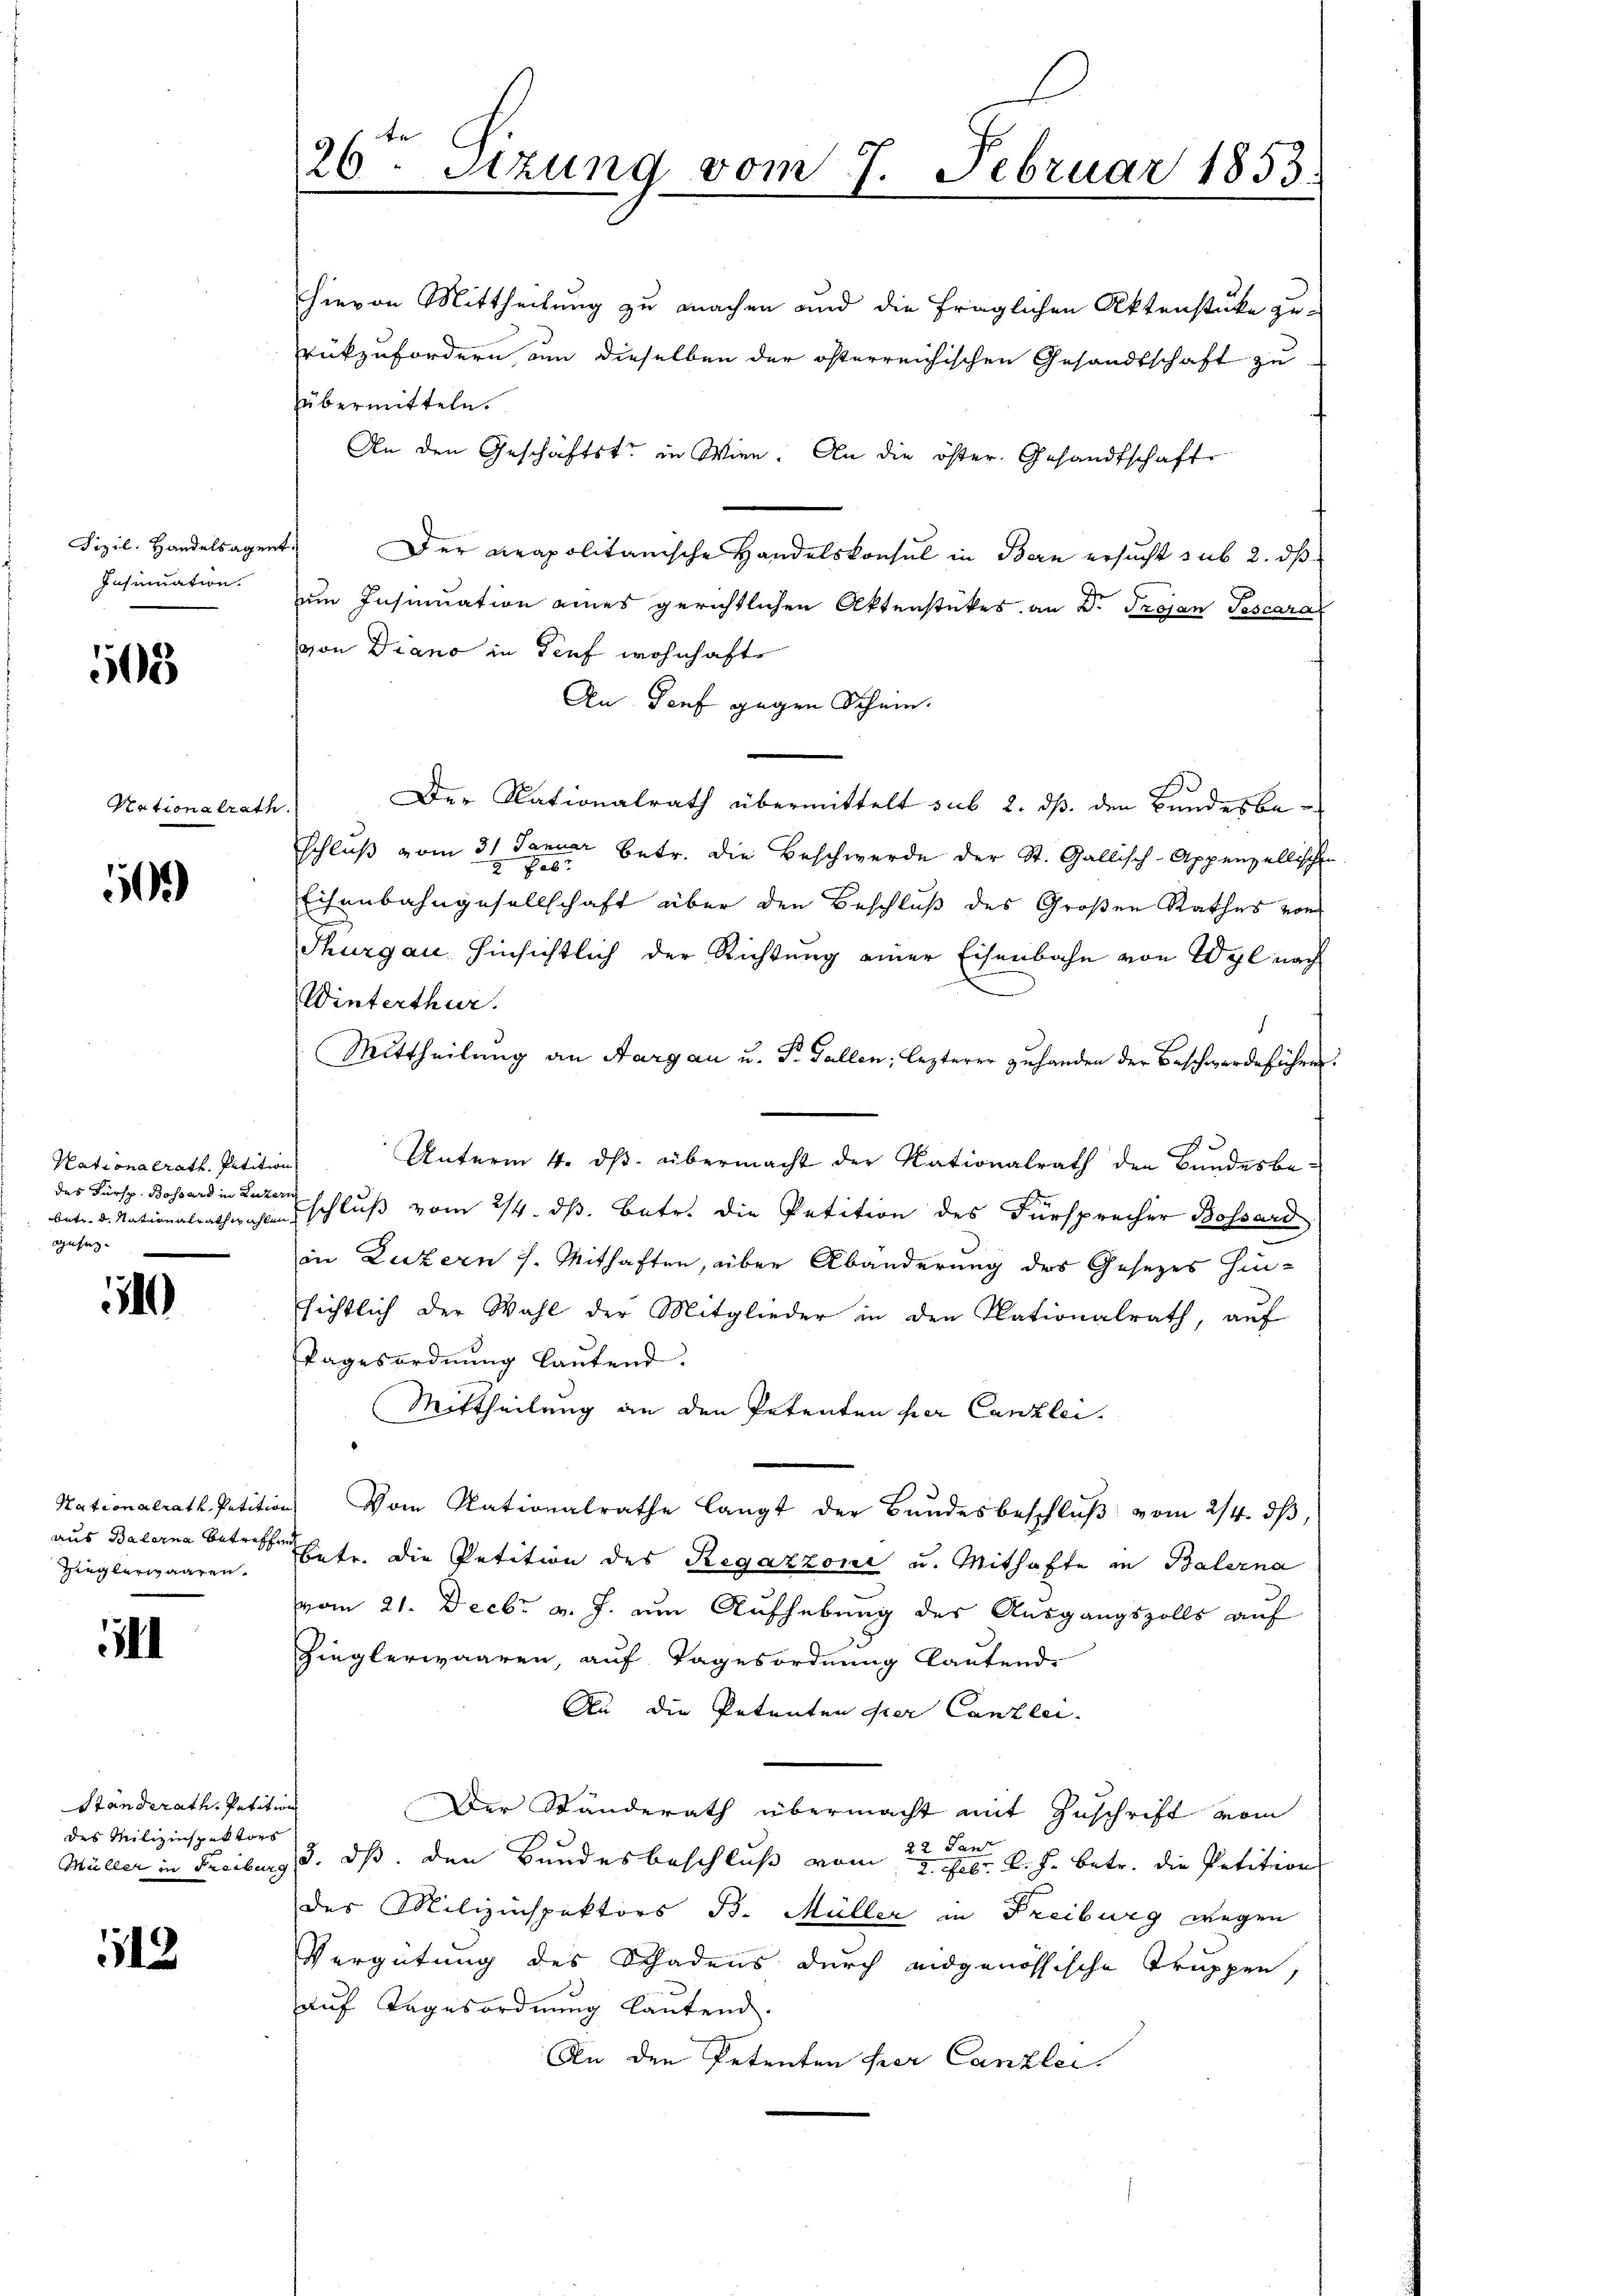
Fizil. Handelsagent
Insinuation.

508

50.

Kationalrath Petition
des Fürsp. Bossard in Luzern
betr. d. Nationalrath wählen.
gesez

54

Nationalrath Petition
aus Balerna betreffen
Zieglerwaaren.

1

Standerath, Petition
des Milizinspektors
Müller in Freiburg

512

Nationalrath.

26ten Sizung vom 7. Februar 1853.

hievon Mittheilung zu machen und die fraglichen Aktenstüke zurükzufordern, um dieselben der österreichischen Gesandtschaft zu
übermitteln.
An den Geschäftste in Wien. An die öster. Gesandtschaft
Der Rapolitarische Handelskonsul in Bern ersucht sub 2. ds
um Insumation eines gerichtlichen Aktenstetes an Dr. Trojan Toscara
von Diano in Tief wohnhafte
An Genf gegen Schein.
Der Nationalrath übermittelt sub 2. dß. den Bundesbeschluß vom 31. Januar betr. die Beschwerde der St. Gallisch-Appenzellis
Pab
Eisenbahngesellschaft über den Beschluß des Großen Rathes von
Thurgau hinsichtlich der Richtung einer Eisenbahn von Wyl nach
Winterthur.
Mittheilung an Aargau u. P. Gallen, lezterer Zuhanden der Beschwerdeführ
Unterm 4. ds. übermacht der Nationalrath den Bundesbeschluß vom 24. ds. Betr. die Petition des Fürsprecher Bossard
in Luzern s. Mithaften, über Abänderung des Gesezes hinsichtlich der Wahl der Mitglieder in den Nationalrath, auf
Tagesordnung lautend.
Mittheilung an den Petenten her Canzlei.
Vom Nationalrathe langt der Bundesbeschlŭβ vom 2/4. dβ,
Betr. die Petition des Regazzoni u. Mithafte in Balerna
vom 21. Decbr v. J. um Aufhebung des Ausgangszolls auf
Zieglerwaaren, auf Tagesordnung lautende
An die Petenten der Canzlei.
Der Ständerath übermacht mit Zuschrift vom
22. Tanz
d. dß. den Bundesbeschluß vom 2. Febr. v. J. betr. die Petition
des Milizinspektors B. Müller in Freiburg wegen
Vergütung des Schadens durch eidgenössische Truppen,
auf Tagesordnung lautend.
e
An den Petenten her Canzlei.